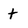
Character: t